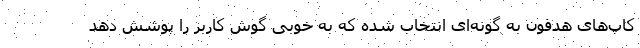
کاپ‌های هدفون به گونه‌ای انتخاب شده که به خوبی گوش کاربر را پوشش دهد